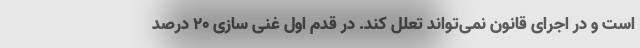
است و در اجرای قانون نمی‌تواند تعلل کند. در قدم اول غنی سازی ۲۰ درصد